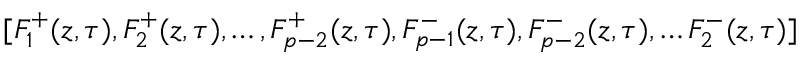
[ F _ { 1 } ^ { + } ( z , \tau ) , F _ { 2 } ^ { + } ( z , \tau ) , \ldots , F _ { p - 2 } ^ { + } ( z , \tau ) , F _ { p - 1 } ^ { - } ( z , \tau ) , F _ { p - 2 } ^ { - } ( z , \tau ) , \ldots F _ { 2 } ^ { - } ( z , \tau ) ]